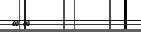
٢١